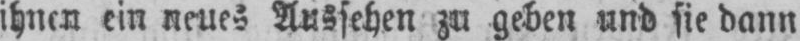
ihnen ein neues Aussehen zu geben und sie dann